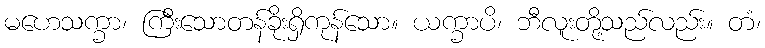
မဟေသက္ခာ၊ ကြီးသောတန်ခိုးရှိကုန်သော။ ယက္ခာပိ၊ ဘီလူးတို့သည်လည်း။ တံ၊